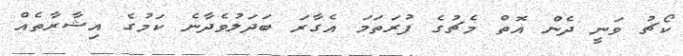
ކޯޗު ވަނީ ދެން އޮތް މެޗުގެ ފުރަތަމަ އެގާރަ ބަދަލުވެދާނެ ކަމުގެ އިޝާރާތެއް